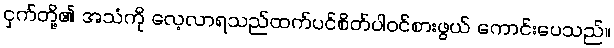
ငှက်တို့၏ အသံကို လေ့လာရသည်ထက်ပင်စိတ်ပါဝင်စားဖွယ် ကောင်းပေသည်။